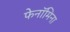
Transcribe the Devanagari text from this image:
फेनॉमिना